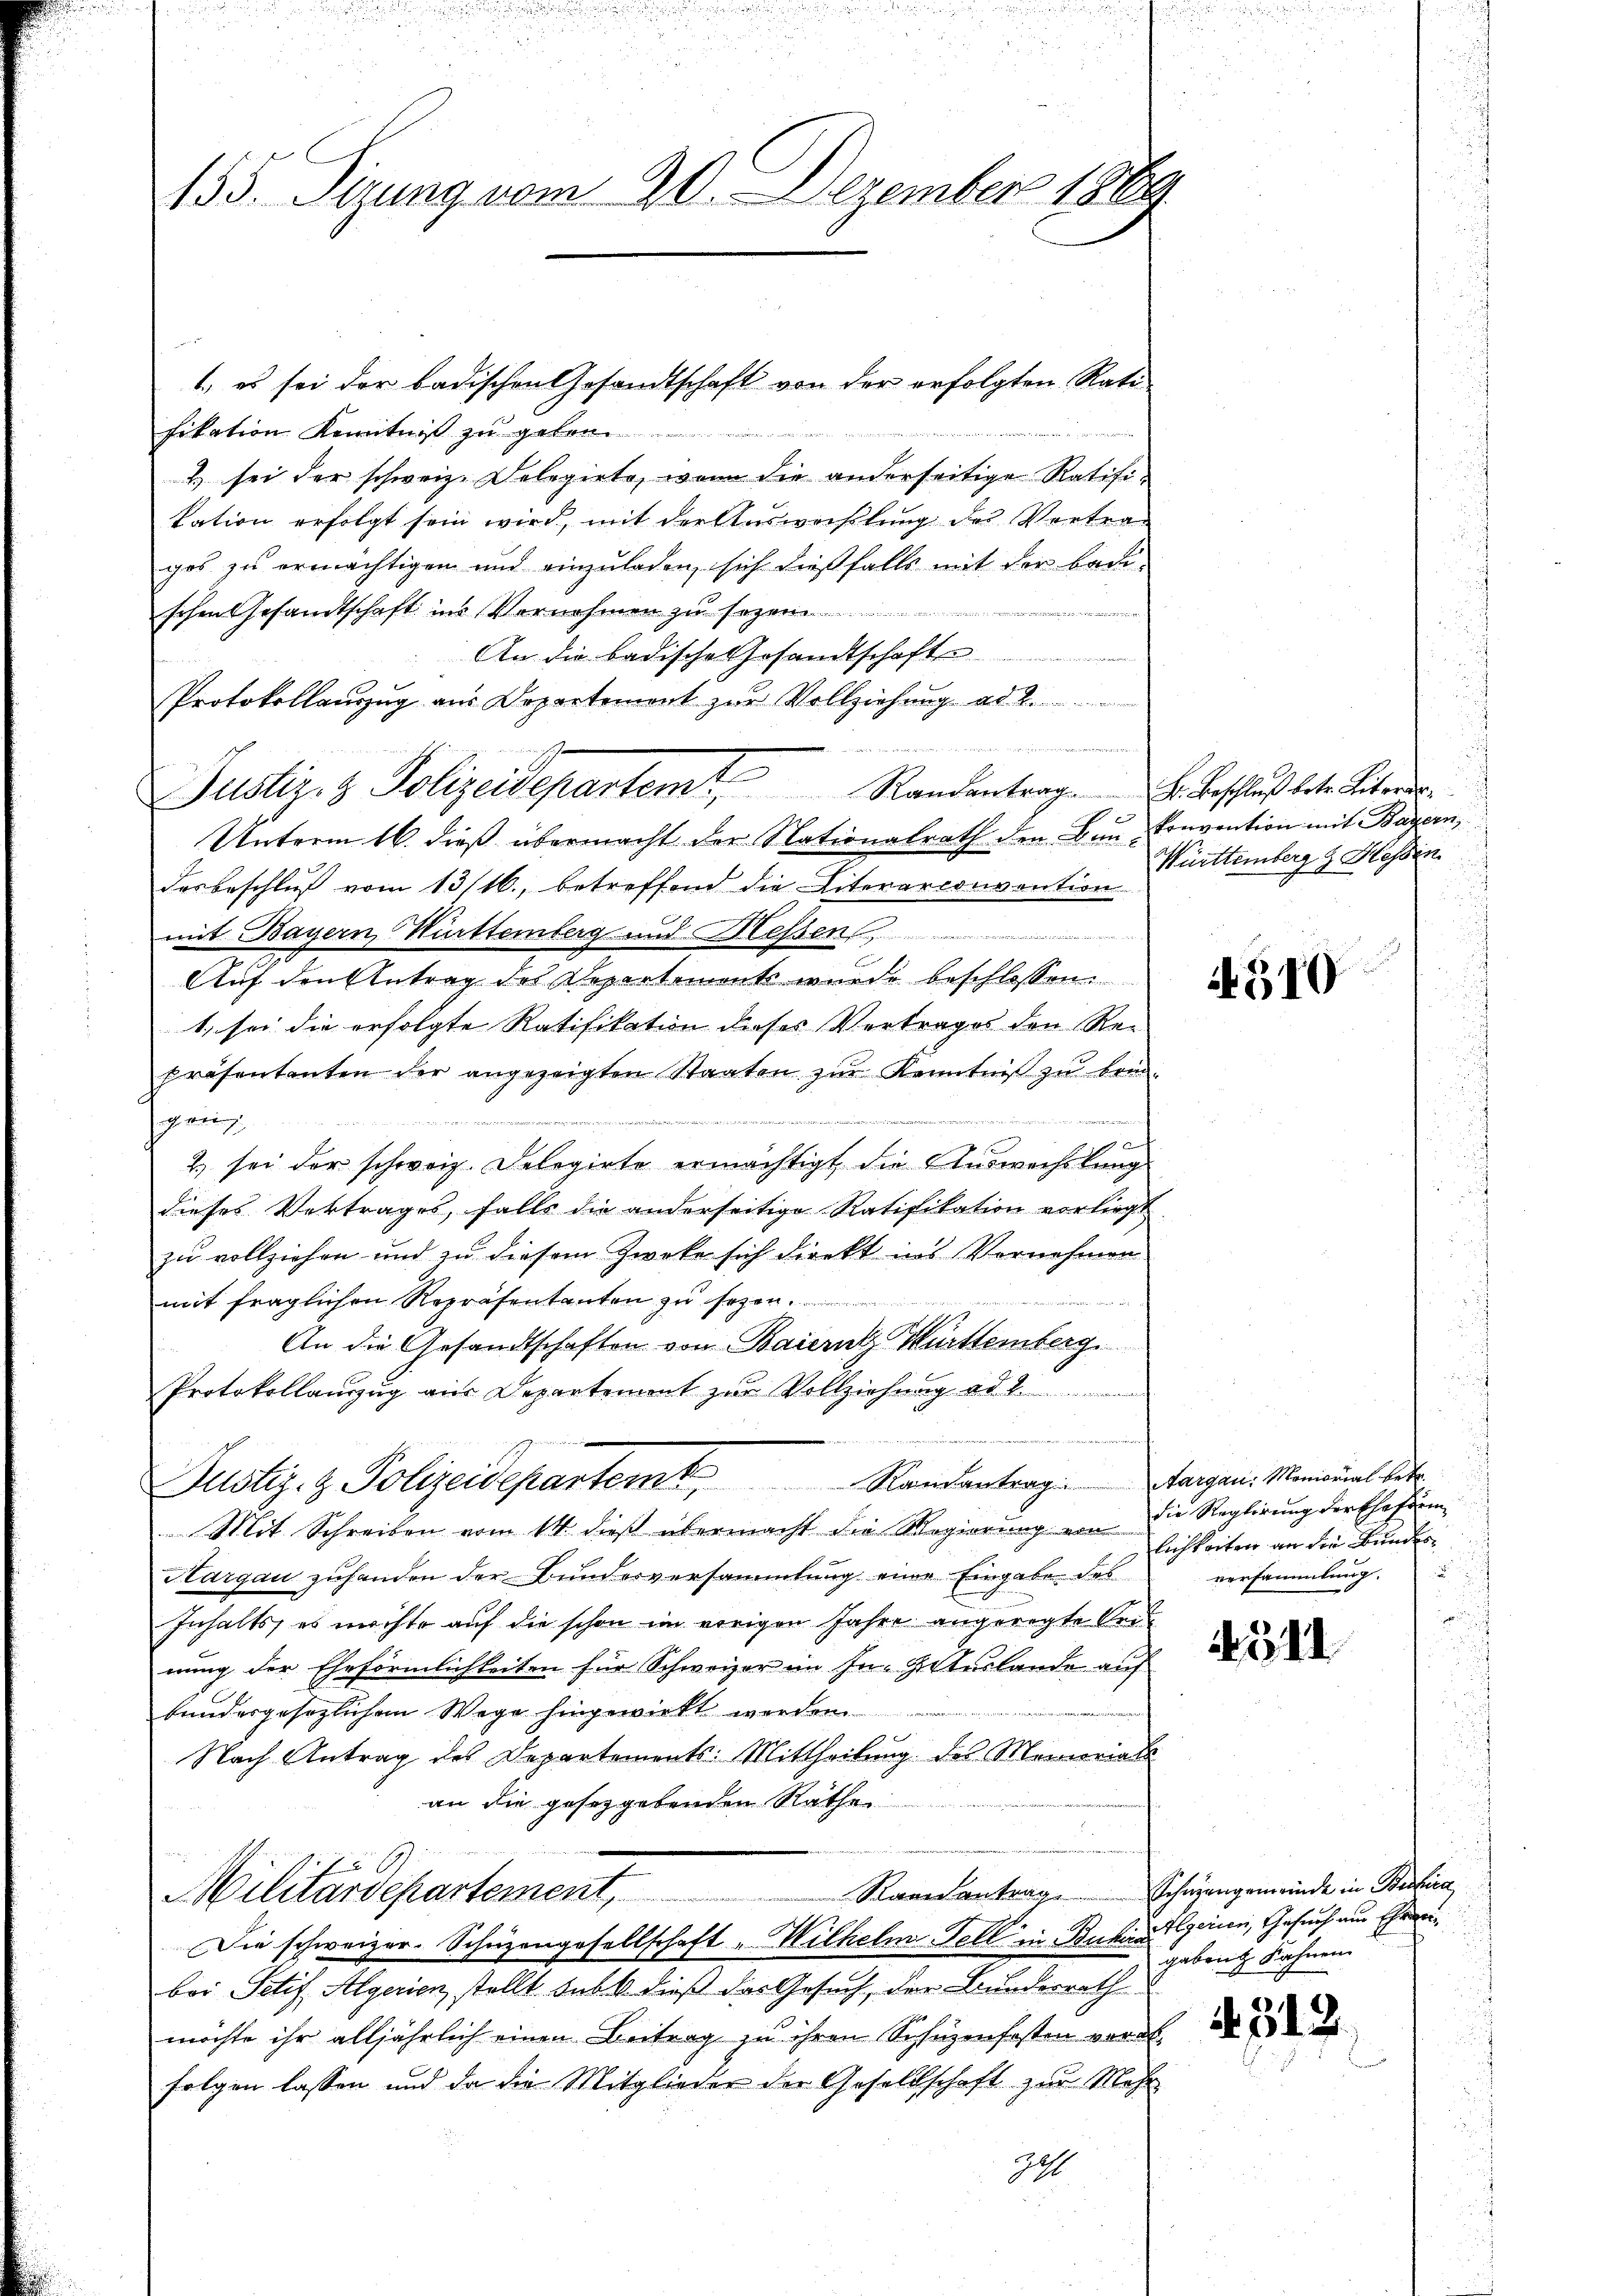
153. Dirung vom 20. Dezember 1889

1.) es sei der badischen Gesandtschaft von der erfolgten Rati
fikation Kenntniß zug
2 sei der schweiz. Delegirte, wenn die anderseitige Ratifikation erfolgt sein wird, mit der Ausweißlung des Vertrag
ges zu ermächtigen und einzuladen, sich dießfalls mit der Badischen Gesandtschaft ins Vernehmen zu se
An die badische Gesandtschafte
Protokollauszug aus Departement zŭr Vollziehung ad 2.
  eben werden verh
Unterm 16. dieß übermacht der Nationalrath den Bau-Convention mit Bayern,
desbeschluß vom 13/16., betreffend die Literarconvention
mit Bayern, Württemberg und Messen
Auf den Antrag des Departement wurde beschlossen:
1. sei die erfolgte Ratifikation dieses Vertrages den Re-
präsententen der angezeigten Staaten zŭr Kenntniß zu brin-
 et 2. wir
hoch ein
90
2) sei der schweiz. Delegirte ermächtigt, die Auswechslung
dieses Vertrages, falls die anderseitige Ratifikation vorliegt
zu vollziehen und zu diesem Zwecke sich direkt ins Vornehmen
mit fraglichen Repräsentanten zu sezen.
i
An die Gesandtschaften von Baiernz Württemberg.
Protokollauszug aus Departement zur Vollziehung ad 2.
Justiz- & Polizeidepartem Randantrag: Margau. Maional betr.
Mit Schreiben vom 14. dieß übermacht die Mogierung ein
Hargau zufanden der Bundesversammlung eine Eingabe des
Inhalts, es möchte auf die schon im vorigen Jahre angeregte Bei-
nung der Ehrförmlichkeiten für Schweizer im In- 9. Auslande auf
bundesgesezlichen Wege hingewirkt werden
Nach Antrag des Departements: Mittheilung des Memorials
an die geseggebenden Räthe
Raandantrag
Militärdepartement,
Die schweizer-Schüzengesellschaft "Wilhelm Fell in Bukialgernen, Gesuch aus Ehren
bei Petif Algerien, stellt subt dieß das Gesuch, der Bundesrath
möchte ihr alljährlich einen Beitrag zu ihren Schüzenfosten worde
folgen lassen und da die Mitglieder der Gesellschaft zur Mehr

anische
Justiz- & Polizeidepartem Randantrag Fr. Beschlŭβ betr. Literer-

224

Württemberg z. Hessin

510

die Reglirung der Ehehärm
lichkeiten an die Bundes
versammlung.

1512

Schwangemeinde in Beihica
gabent Kahnen.